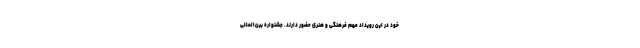
خود در این رویداد مهم فرهنگی و هنری حضور دارند. جشنواره بین‌المللی